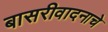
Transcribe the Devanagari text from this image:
बासरीवादनाचे